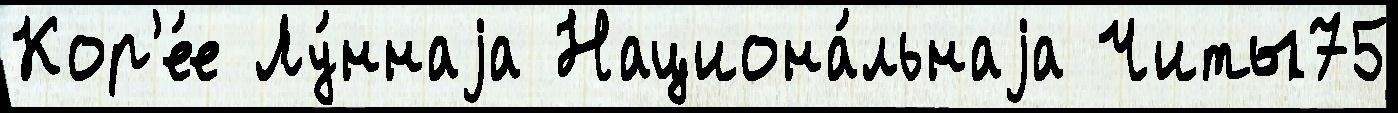
Кор'е́е Лу́ннаjа Национа́льнаjа Читы75